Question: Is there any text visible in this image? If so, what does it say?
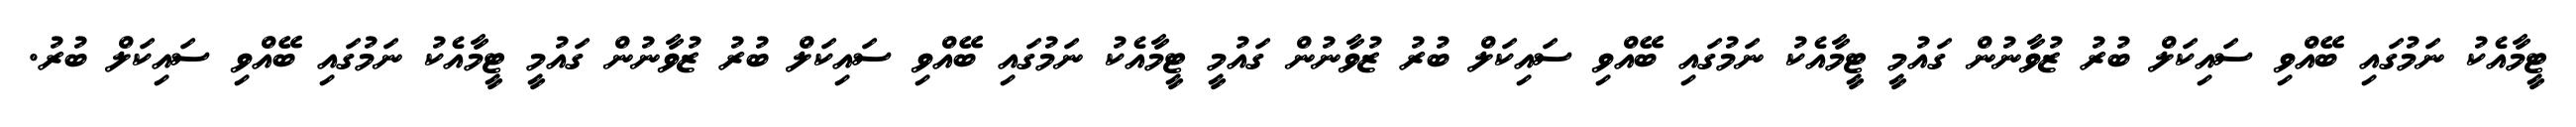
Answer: ޓީމާއެކު ނަމުގައި ބޭއްވި ސައިކަލް ބުރު ޒުވާނުން ގައުމީ ޓީމާއެކު ނަމުގައި ބޭއްވި ސައިކަލް ބުރު ޒުވާނުން ގައުމީ ޓީމާއެކު ނަމުގައި ބޭއްވި ސައިކަލް ބުރު ޒުވާނުން ގައުމީ ޓީމާއެކު ނަމުގައި ބޭއްވި ސައިކަލް ބުރު.